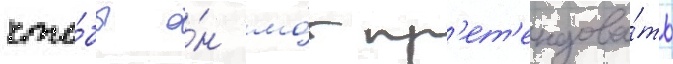
что́бы о́н мо́г пр'ет'ендова́ть